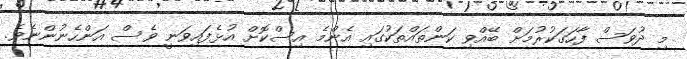
މި ދުވަސް ފާހަގަކުރުމަށް ބޭއްވި ކަންތައްތަކުގައި އެންމެ އިސްކޮށް އުޅެފައިވަނީ ވެސް އަންހެނުންނެވެ.